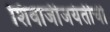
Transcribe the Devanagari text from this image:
शिवाजीजयंतीची